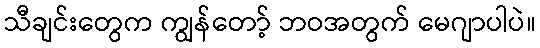
သီချင်းတွေက ကျွန်တော့် ဘဝအတွက် မေဂျာပါပဲ။